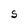
Character: S